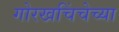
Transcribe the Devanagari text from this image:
गोरखचिंचेच्या